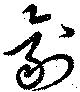
剤